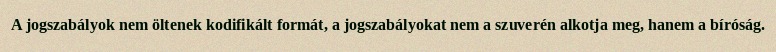
A jogszabályok nem öltenek kodifikált formát, a jogszabályokat nem a szuverén alkotja meg, hanem a bíróság.